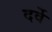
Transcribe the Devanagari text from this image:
दर्वे